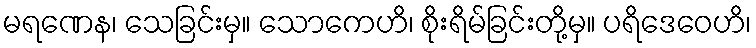
မရဏေန၊ သေခြင်းမှ။ သောကေဟိ၊ စိုးရိမ်ခြင်းတို့မှ။ ပရိဒေဝေဟိ၊